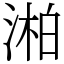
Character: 湐